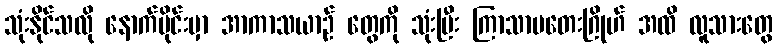
သုံးနိုင်သလို နောက်ပိုင်းမှာ အာကာသယာဉ် တွေကို သုံးပြီး ကြာသာပတေးဂြိုဟ် အထိ လူသားတွေ